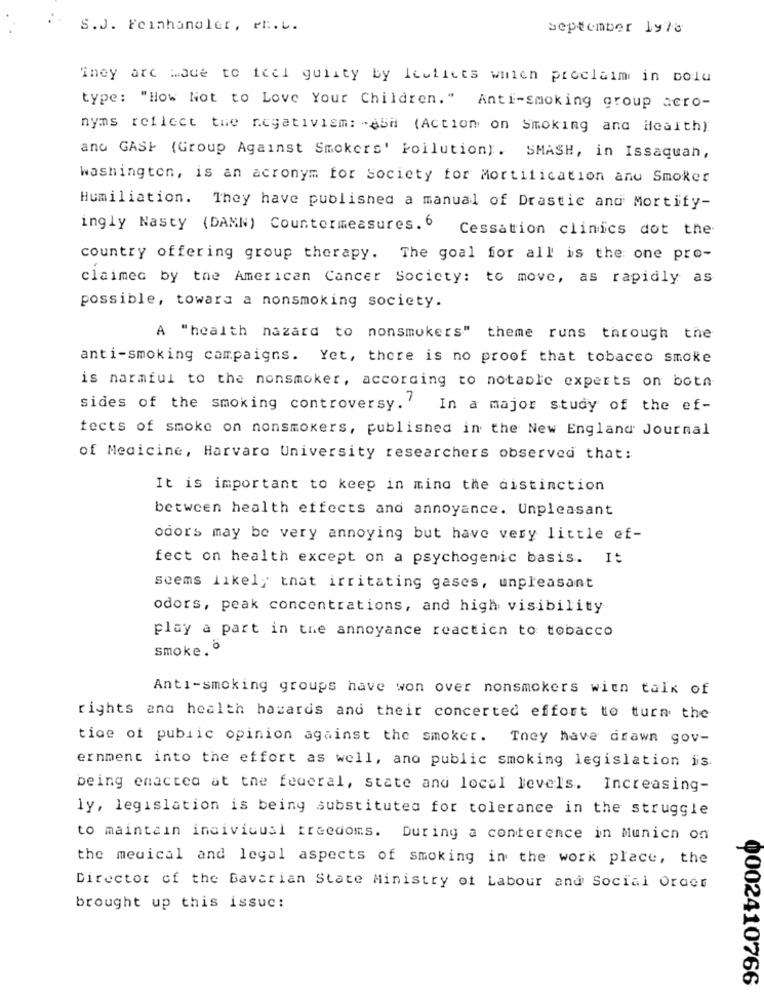
S.J. Feinhangler, rf.L.
september 1978
They are Made to feel guilty by lesliees willen proclaim in bolu
type: "How Not to Love Your Children." Anti-smoking group aero-
nyms reflect the negativiem: - 45H (Action on Smoking and Health)
and GASH (Group Against Smokers' Pollution). SMASH, in Issaquah,
washington, is an acronym for Society for Mortification anu Smoker
Humiliation. They have published a manual of Drastic and Mortify-
ingly Nasty (DAMN) Countermeasures. 6
Cessation clinics dot the
country offering group therapy. The goal for all is the one pro-
claimec by the American Cancer Society: to move, as rapidly as
possible, towara a nonsmoking society.
A "health nazard to nonsmokers" theme runs through the
anti-smoking campaigns. Yet, there is no proof that tobacco smoke
is harmful to the nonsmoker, according to notable experts on botn
sides of the smoking controversy.' In a major study of the ef-
tects of smoke on nonsmokers, published in the New England Journal
of Medicine, Harvard University researchers observed that:
It is important to keep in mind the distinction
between health effects and annoyance. Unpleasant
odors may be very annoying but have very little ef-
fect on health except on a psychogenic basis. It
seems likely that irritating gases, unpleasant
odors, peak concentrations, and high visibility
play a part in the annoyance reaction to tobacco
smoke.º
Anti-smoking groups have won over nonsmokers with talk of
rights and health hazards and their concerted effort to turn the
tine of public opinion against the smoket. They have drawn gov-
ernment into the effort as well, and public smoking legislation is.
being enacted at the federal, state and local levels. Increasing-
ly, legislation is being substituted for tolerance in the struggle
to maintain individual freedoms. During a conference in Munich on
the medical and legal aspects of smoking in the work place, the
Director of the Bavarian State Ministry of Labour and Social Order
brought up this issue:
0002410766